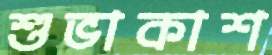
শুভাকাশ